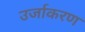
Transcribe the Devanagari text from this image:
उर्जाकरण